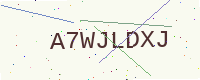
Text: A7WJLDXJ